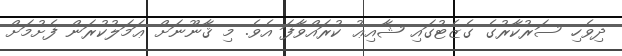
ދިވެހި ސަރުކާރުގެ ގެޒެޓުގައި ޝާއިޢު ކުރައްވާފަ އެވެ. މި ޤާނޫނަށް ޢަމަލުކުރަން ފެށުމަށް